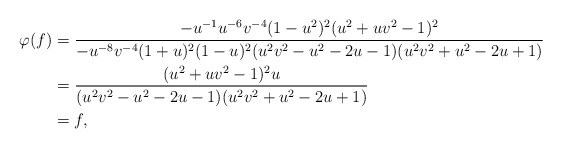
\begin{align*} \varphi(f) &= \frac{-u^{-1}u^{-6}v^{-4}(1-u^2)^2(u^2+uv^2-1)^2 }{-u^{-8}v^{-4}(1+u)^2(1-u)^2(u^2v^2-u^2-2u-1)(u^2v^2+u^2-2u+1)} \\&= \frac{(u^2 + uv^2 - 1)^2u}{(u^2v^2 - u^2 - 2u -1)(u^2v^2 + u^2 - 2u+1)}\\&= f,\end{align*}